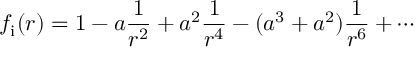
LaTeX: f _ { \mathrm { { i } } } ( r ) = \displaystyle { 1 - a \frac { 1 } { r ^ { 2 } } + a ^ { 2 } \frac { 1 } { r ^ { 4 } } - ( a ^ { 3 } + a ^ { 2 } ) \frac { 1 } { r ^ { 6 } } + \cdots }